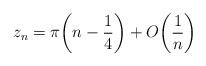
LaTeX: \begin{align*}z_n = \pi\bigg(n - \frac 14\bigg) + O\bigg(\frac{1}{n}\bigg)\end{align*}